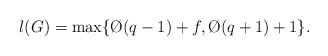
LaTeX: \begin{align*}l(G) = \max\{\O(q-1)+f, \O(q+1)+1\}.\end{align*}